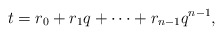
\begin{align*}t=r_0+r_1q+\cdots +r_{n-1}q^{n-1},\end{align*}